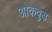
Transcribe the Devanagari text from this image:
ओकवुड